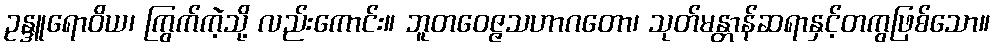
ဥန္ဒူရောဝိယ၊ ကြွက်ကဲ့သို့ လည်းကောင်း။ ဘူတဝေဇ္ဇသဟာဂတော၊ သုတ်မန္တာန်ဆရာနှင့်တကွဖြစ်သော။